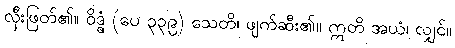
လှီးဖြတ်၏။ ဝိဒ္ဓံ (ပေ ၃၃၉) သေတိ၊ ဖျက်ဆီး၏။ ဣတိ အယံ၊ လျှင်။